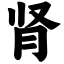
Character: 肾